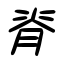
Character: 脊